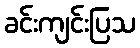
ခင်းကျင်းပြသ